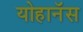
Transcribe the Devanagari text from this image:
योहानॅस